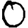
Digit: 0